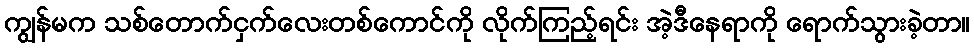
ကျွန်မက သစ်တောက်ငှက်လေးတစ်ကောင်ကို လိုက်ကြည့်ရင်း အဲ့ဒီနေရာကို ရောက်သွားခဲ့တာ။